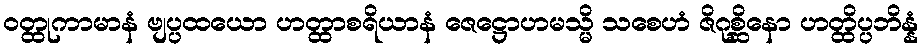
ဝတ္ထုကာမာနံ ဗျပ္ပထယော ဟတ္ထာစရိယာနံ ဇေဋ္ဌောဟမသ္မိ သစေဟံ ဇိဂုစ္ဆိနော ဟတ္ထိပ္ပဘိန္နံ